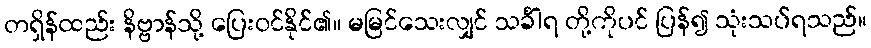
တရှိန်ထည်း နိဗ္ဗာန်သို့ ပြေးဝင်နိုင်၏။ မမြင်သေးလျှင် သင်္ခါရ တို့ကိုပင် ပြန်၍ သုံးသပ်ရသည်။